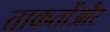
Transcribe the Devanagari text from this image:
ताकतोंऔर